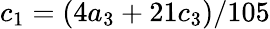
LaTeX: c_{1}=(4a_{3}+21c_{3})/105